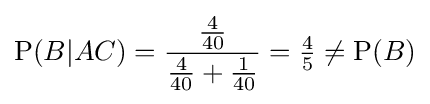
\mathrm {P} (B|AC)={\frac {\frac {4}{40}}{{\frac {4}{40}}+{\frac {1}{40}}}}={\tfrac {4}{5}}\neq \mathrm {P} (B)